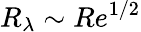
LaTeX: R_{\lambda}\sim Re^{1/2}